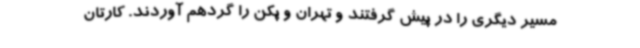
مسیر دیگری را در پیش گرفتند و تهران و پکن را گردهم آوردند. کارتان